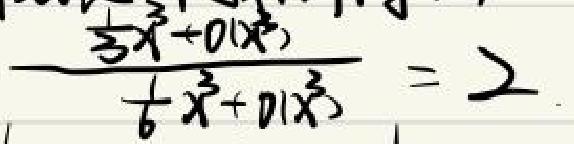
\frac{\frac{1}{3}x^{3}+o(x^{3})}{\frac{1}{6}x^{3}+o(x^{3})}=2